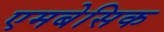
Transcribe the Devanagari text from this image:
एमबेसिक